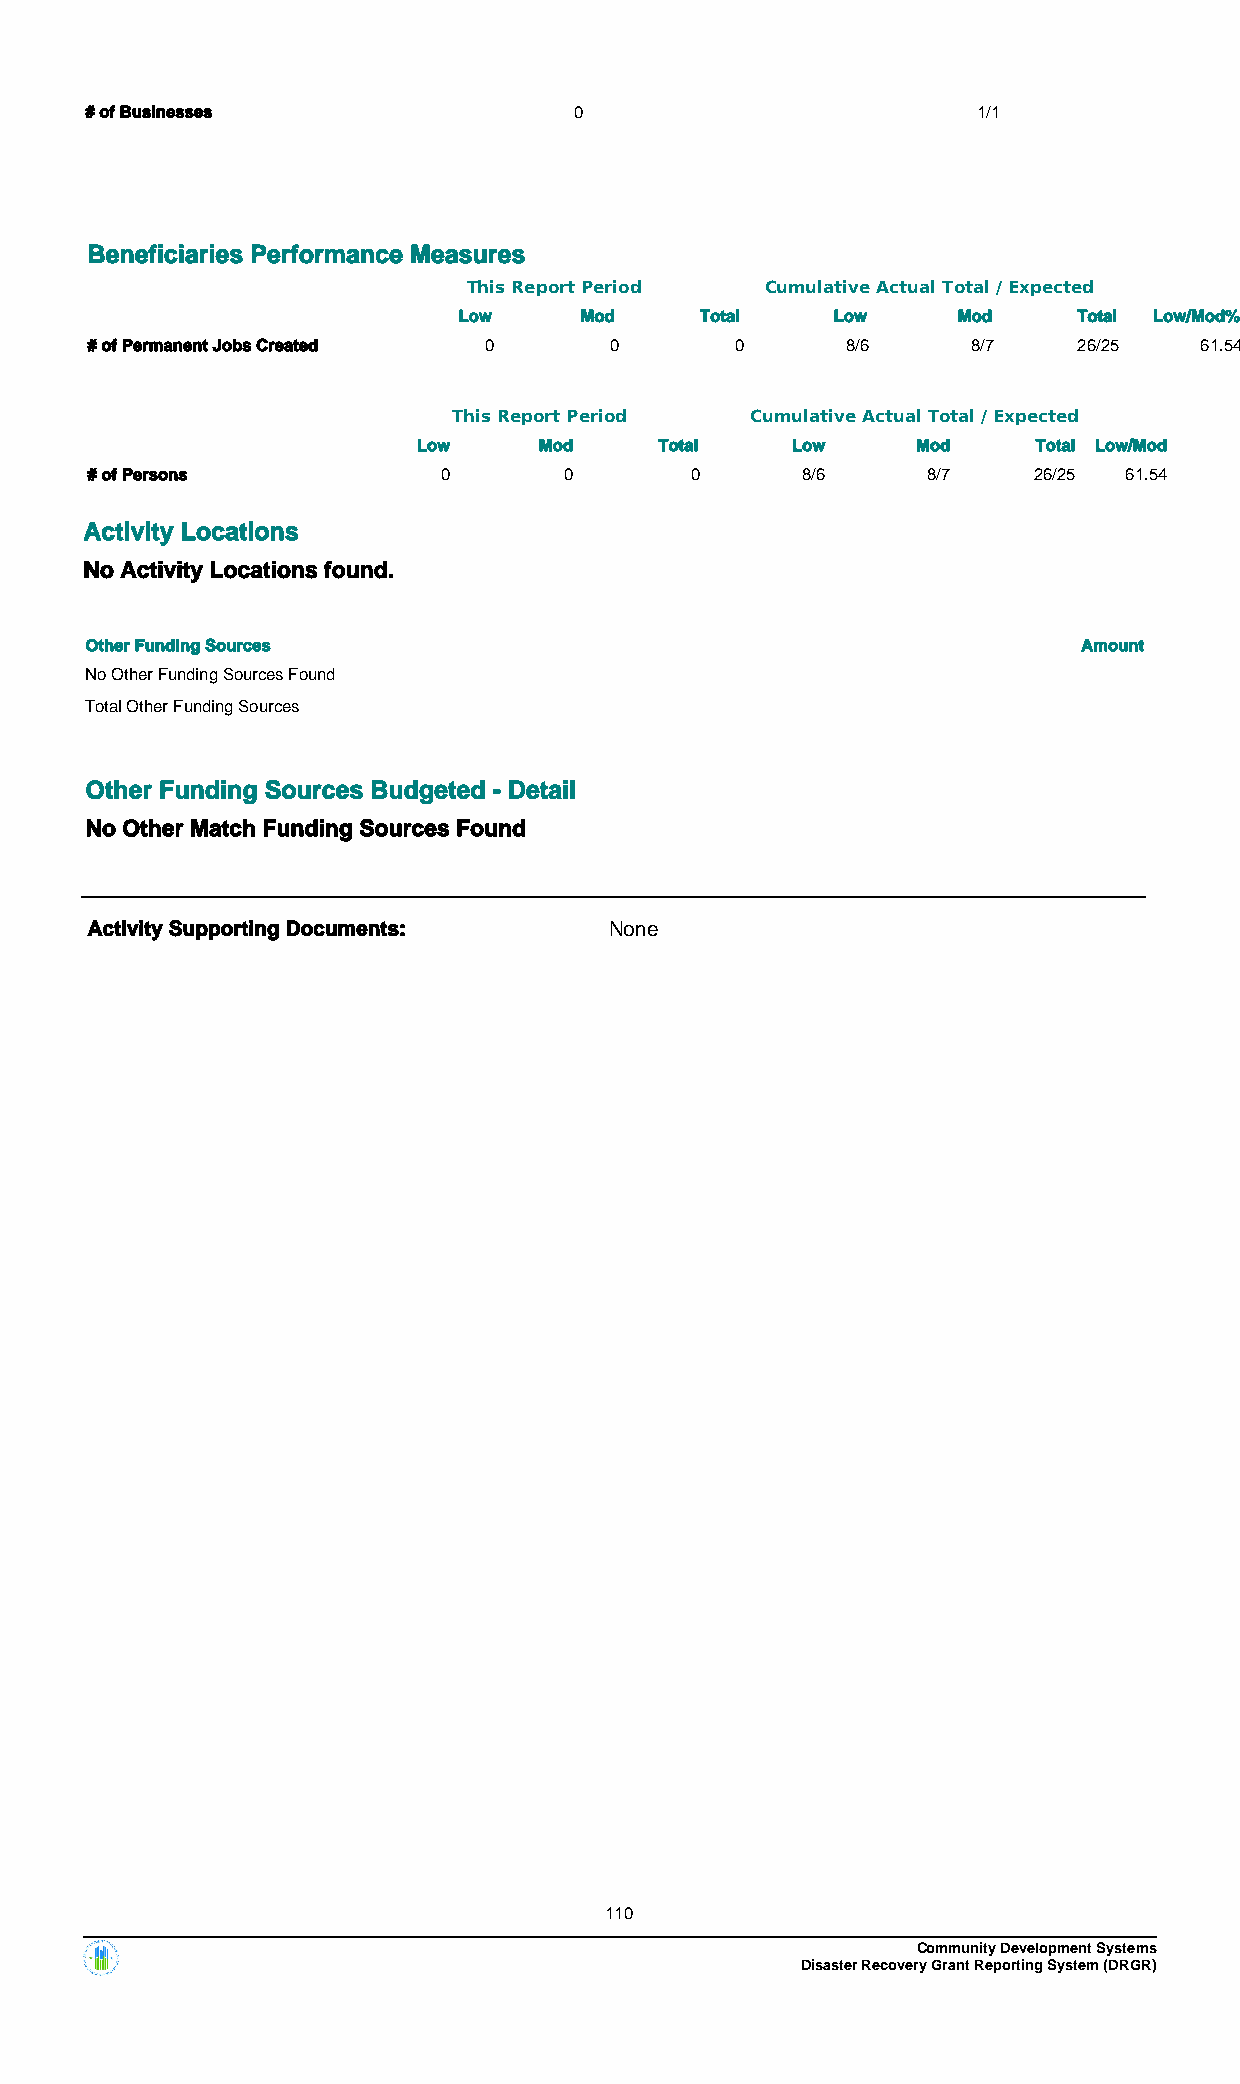
# of Businesses                 0                          1/1
 Beneficiaries Performance Measures
 This Report Period  Cumulative Actual Total / Expected
 Low     Mod     Total    Low     Mod     Total Low/Mod%
 # of Permanent Jobs Created 0     0        0      8/6     8/7    26/25   61.54
 This Report Period  Cumulative Actual Total / Expected
 Low     Mod     Total   Low      Mod     Total Low/Mod
 # of Persons           0       0        0      8/6     8/7    26/25 61.54
 Activity Locations
 No Activity Locations found.
 Other Funding Sources                                             Amount
 No Other Funding Sources Found
 Total Other Funding Sources
 Other Funding Sources Budgeted - Detail
 No Other Match Funding Sources Found
 Activity Supporting Documents:    None
 110
 Community Development Systems
 Disaster Recovery Grant Reporting System (DRGR)